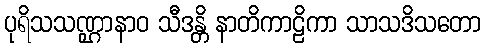
ပုရိသသဏ္ဌာနာဝ သီဒန္တိ နာတိကာဠိကာ သာသဒိသတော